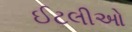
ઈટલીઓ